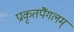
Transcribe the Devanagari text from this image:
प्राकृतपैंगलम्‌